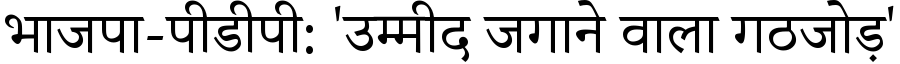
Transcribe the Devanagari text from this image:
भाजपा-पीडीपी: 'उम्मीद जगाने वाला गठजोड़'